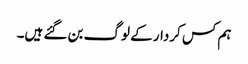
ہم کس کردار کے لوگ بن گئے ہیں۔